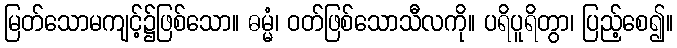
မြတ်သောမကျင့်၌ဖြစ်သော။ ဓမ္မံ၊ ဝတ်ဖြစ်သောသီလကို။ ပရိပူရိတွာ၊ ပြည့်စေ၍။